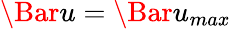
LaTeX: \Bar{u}=\Bar{u}_{max}